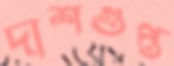
দাশগুপ্ত